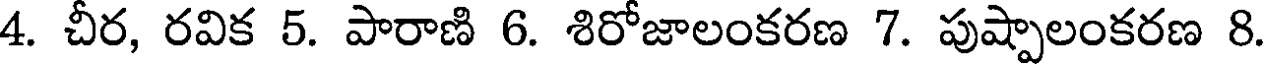
4. చీర, రవిక 5. పారాణి 6. శిరోజాలంకరణ 7. పుష్పాలంకరణ 8